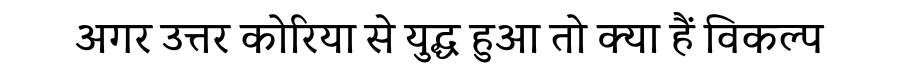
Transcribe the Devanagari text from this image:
अगर उत्तर कोरिया से युद्ध हुआ तो क्या हैं विकल्प